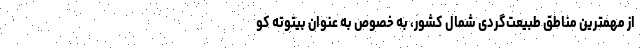
از مهمترین مناطق طبیعت‌گردی شمال کشور، به خصوص به عنوان بیتوته کو